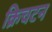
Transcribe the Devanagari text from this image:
क्रिचटन